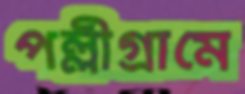
পল্লীগ্রামে